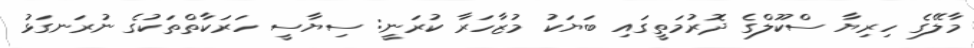
މާލޭގެ ހިރިޔާ ސްކޫލްގެ ދޮރުމަތީގައި ބަޔަކު މުޒާހަރާ ކުރަނީ: ސިޔާސީ ހަރަކާތްތަކުގެ ނުރަނގަޅު